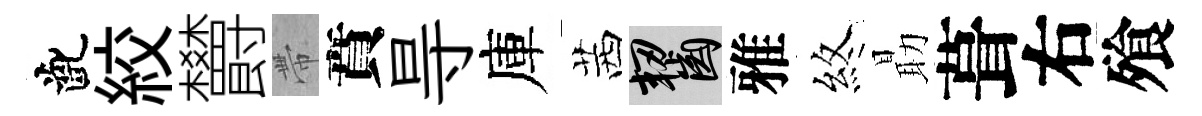
齔絞欝帶賁㝵庫茜齧雅煞朂葺右飱